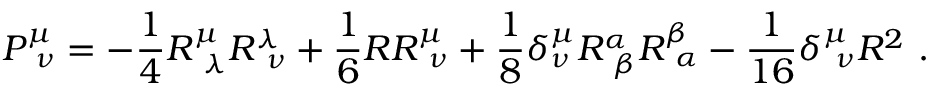
P _ { \ \nu } ^ { \mu } = - { \frac { 1 } { 4 } } R _ { \ \lambda } ^ { \mu } R _ { \ \nu } ^ { \lambda } + { \frac { 1 } { 6 } } R R _ { \ \nu } ^ { \mu } + { \frac { 1 } { 8 } } \delta _ { \nu } ^ { \mu } R _ { \ \beta } ^ { \alpha } R _ { \ \alpha } ^ { \beta } - { \frac { 1 } { 1 6 } } \delta _ { \ \nu } ^ { \mu } R ^ { 2 } \ .